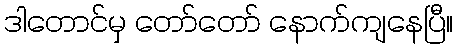
ဒါတောင်မှ တော်တော် နောက်ကျနေပြီ။